Indian Civil Veterinary Department memoirs
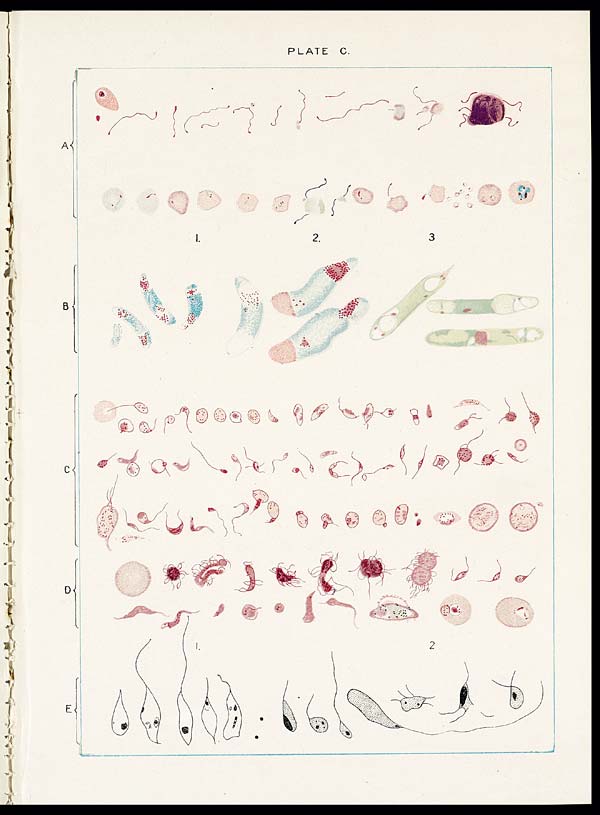
PLATE C.